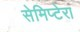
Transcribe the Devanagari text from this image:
सेमिप्टेरा